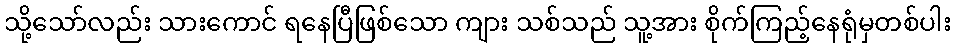
သို့သော်လည်း သားကောင် ရနေပြီဖြစ်သော ကျား သစ်သည် သူ့အား စိုက်ကြည့်နေရုံမှတစ်ပါး